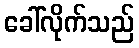
ခေါ်လိုက်သည်